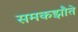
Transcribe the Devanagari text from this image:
समकझौते